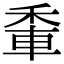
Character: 𨋟